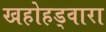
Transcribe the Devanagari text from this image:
खहोहड्वारा